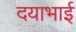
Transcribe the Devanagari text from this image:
दयाभाई